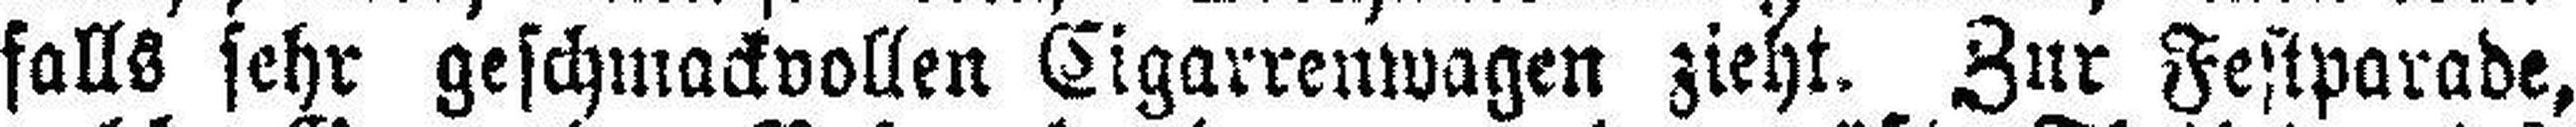
falls sehr geschmackvollen Cigarrenwagen zieht. Zur Festparade,